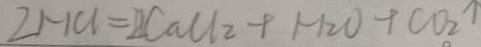
2 H C l = 2 C a C l _ { 2 } + H _ { 2 } O + C O _ { 2 } \uparrow